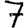
Digit: 7